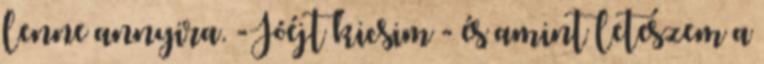
lenne annyira. -Jóéjt kicsim - és amint leteszem a